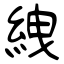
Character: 絏